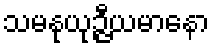
သမနုယုဉ္ဇီယမာနော